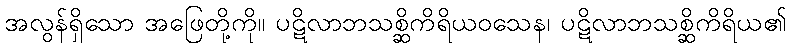
အလွန်ရှိသော အဖြေတို့ကို။ ပဋိလာဘသစ္ဆိကိရိယဝသေန၊ ပဋိလာဘသစ္ဆိကိရိယ၏